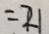
= 2 1